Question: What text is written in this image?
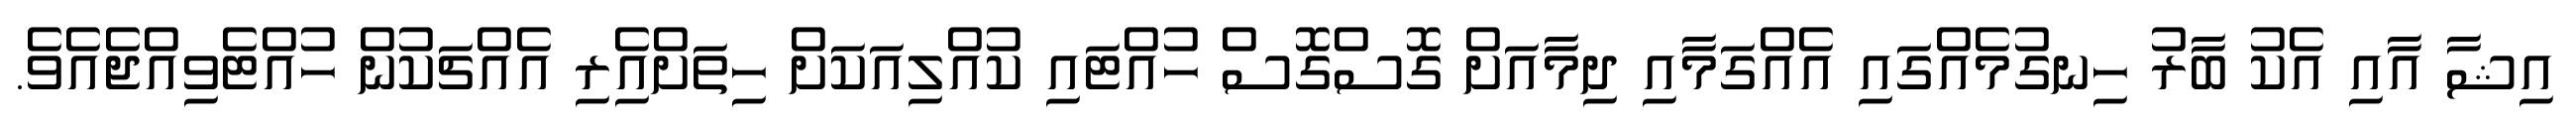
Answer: އިޝާ އާއި އެކު ބާރު ހިނގުމެއްގައި އެއްގަމާއި ދިމާއަށް ގޮސްގޮސް ހުއްޓައި ކުއްލިއަކަށް ހިތަށްއިެރި އެއްޗަކުން ހުއްޓެވިއްޖެއެވެ.